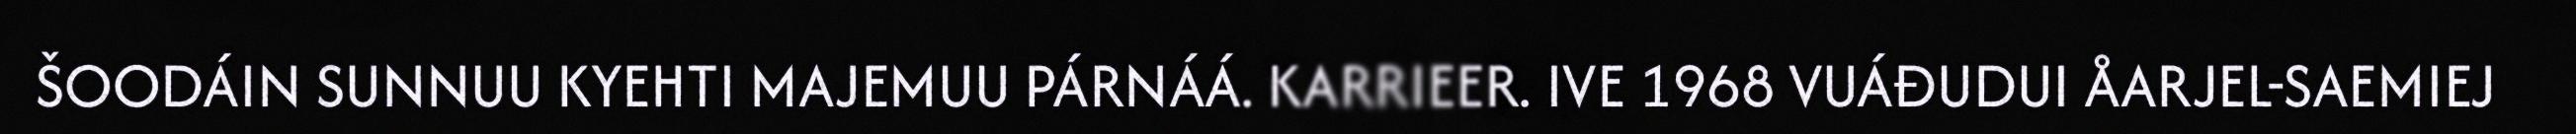
ŠOODÁIN SUNNUU KYEHTI MAJEMUU PÁRNÁÁ. KARRIEER. IVE 1968 VUÁĐUDUI ÅARJEL-SAEMIEJ